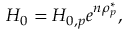
H _ { 0 } = H _ { 0 , p } e ^ { n \rho _ { p } ^ { * } } ,